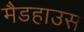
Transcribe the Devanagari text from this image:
मैडहाउस